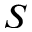
S